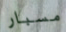
مسبار